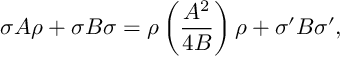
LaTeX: \sigma A \rho + \sigma B \sigma = \rho \left( { \frac { A ^ { 2 } } { 4 B } } \right) \rho + \sigma ^ { \prime } B \sigma ^ { \prime } ,